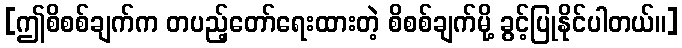
[ဤစိစစ်ချက်က တပည့်တော်ရေးထားတဲ့ စိစစ်ချက်မို့ ခွင့်ပြုနိုင်ပါတယ်။]